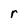
Character: r